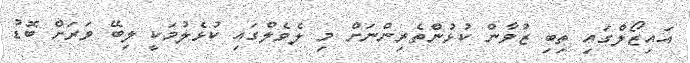
އައިޒޯލްގައި ތިބި ޒުވާން ކުޅުންތެރިންނަށް މި ލެވެލްގައި ކުޅެލުމަކީ ލިބޭ ވަރަށް ބޮޑު